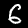
Digit: 6